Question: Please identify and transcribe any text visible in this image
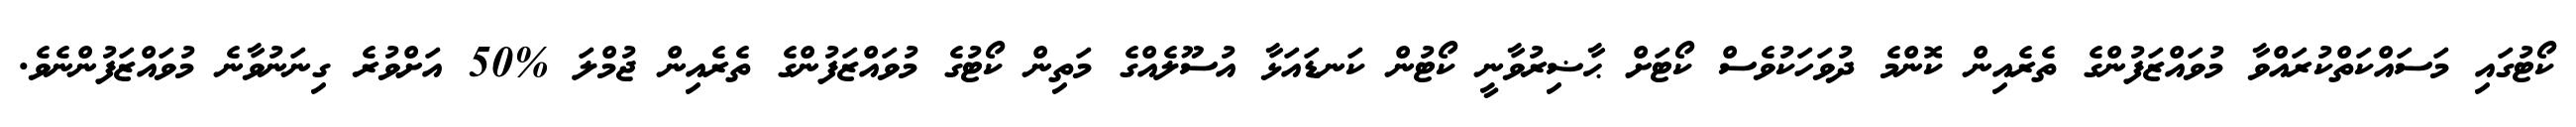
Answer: ކޯޓުގައި މަސައްކަތްކުރައްވާ މުވައްޒަފުންގެ ތެރެއިން ކޮންމެ ދުވަހަކުވެސް ކޯޓަށް ޙާޟިރުވާނީ ކޯޓުން ކަނޑައަޅާ އުސޫލެއްގެ މަތިން ކޯޓުގެ މުވައްޒަފުންގެ ތެރެއިން ޖުމްލަ %50 އަށްވުރެ ގިނަނުވާނެ މުވައްޒަފުންނެވެ.